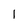
Character: 1